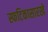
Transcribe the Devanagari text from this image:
स्फटिकासारखे